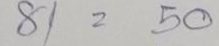
81 = 50